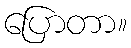
ပြောတာ။